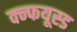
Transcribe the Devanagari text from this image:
क्न्फयूस्ड